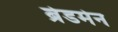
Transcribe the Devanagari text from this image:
ब्रेडमेन